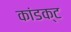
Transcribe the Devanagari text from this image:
कांडक्ट